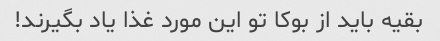
بقیه باید از بوکا تو این مورد غذا یاد بگیرند!